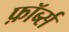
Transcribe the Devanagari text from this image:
फ़ॉर्ब्स